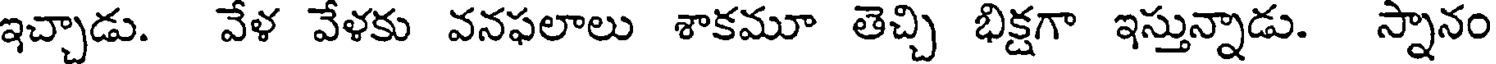
ఇచ్చాడు. వేళ వేళకు వనఫలాలు శాకమూ తెచ్చి భిక్షగా ఇస్తున్నాడు. స్నానం